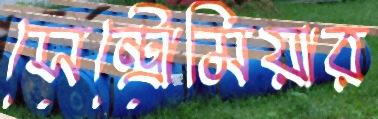
সেন্ট্রোমিয়ার